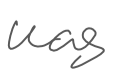
Text: was
Cross-out: clean
Writing tool: digital_gray